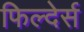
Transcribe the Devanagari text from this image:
फिल्देर्स